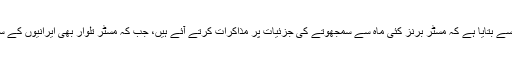
اخبار نے امریکی عہدہ داروں کے حوالے سے بتایا ہے کہ مسٹر برنز کئی ماہ سے سمجھوتے کی جُزئیات پر مذاکرات کرتے آئے ہیں، جب کہ مسٹر تلوار بھی ایرانیوں کے ساتھ خفیہ مذاکرات میں مصروف رہے ہیں۔